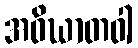
အဝိဃာတဝါ